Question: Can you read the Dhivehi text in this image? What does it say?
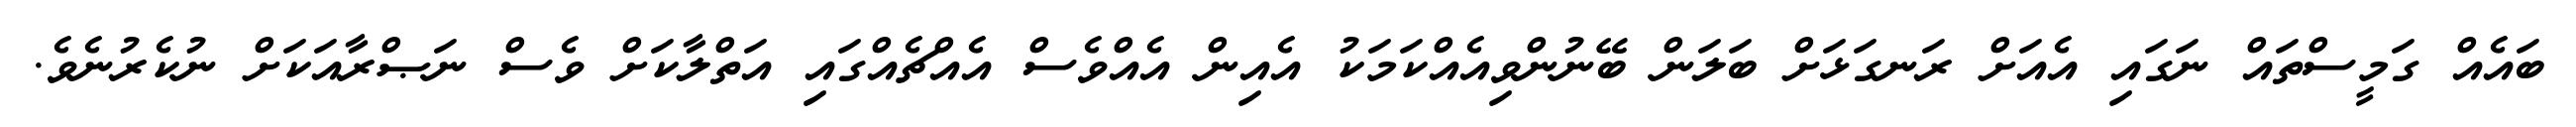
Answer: ބައެއް ގަމީސްތައް ނަގައި އެއަށް ރަނގަޅަށް ބަލަން ބޭނުންވިއެއްކަމަކު އެއިން އެއްވެސް އެއްޗެއްގައި އަތްލާކަށް ވެސް ނަޞްރާއަކަށް ނުކެރުނެވެ.